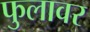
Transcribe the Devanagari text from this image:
फुलावर